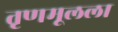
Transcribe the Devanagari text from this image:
तृणमूलला